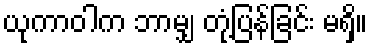
ယုကာဝါက ဘာမျှ တုံ့ပြန်ခြင်း မရှိ။